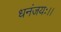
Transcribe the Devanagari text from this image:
धनंजयः।।